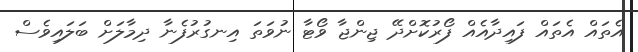
އެތައް އެތައް ފައިދާއެއް ފޯރުކޮށްދޭ ޖިންޖާ ވޯޓާ ނުވަތަ އިނގުރުފެނާ ދިމާލަށް ބަލައިވެސް